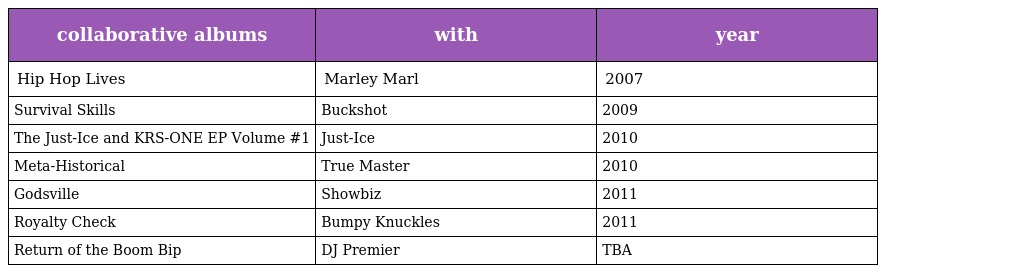
| collaborative albums | with | year |
 | --- | --- | --- |
 | Hip Hop Lives | Marley Marl | 2007 |
 | Survival Skills | Buckshot | 2009 |
 | The Just-Ice and KRS-ONE EP Volume #1 | Just-Ice | 2010 |
 | Meta-Historical | True Master | 2010 |
 | Godsville | Showbiz | 2011 |
 | Royalty Check | Bumpy Knuckles | 2011 |
 | Return of the Boom Bip | DJ Premier | TBA |